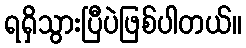
ရရှိသွားပြီပဲဖြစ်ပါတယ်။